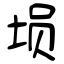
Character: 埙